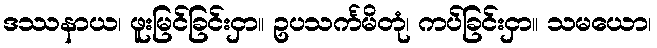
ဒဿနာယ၊ ဖူးမြင်ခြင်းငှာ။ ဥပသင်္ကမိတုံ၊ ကပ်ခြင်းငှာ။ သမယော၊